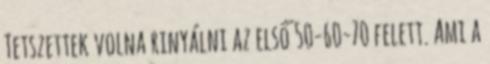
Tetszettek volna rinyálni az első 50-60-70 felett. Ami a